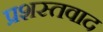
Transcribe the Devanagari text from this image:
प्रशस्तवाद